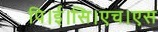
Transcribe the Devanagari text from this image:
पि।ई।सि।एच।एस